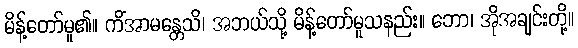
မိန့်တော်မူ၏။ ကိံအာမန္တေသိ၊ အဘယ်သို့ မိန့်တော်မူသနည်း။ ဘော၊ အိုအချင်းတို့။